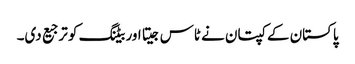
پاکستان کے کپتان نے ٹاس جیتا اور بیٹنگ کو ترجیع دی۔